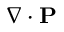
\nabla \cdot \mathbf { P }